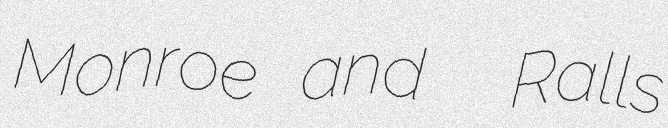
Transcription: Monroe and  Ralls